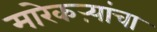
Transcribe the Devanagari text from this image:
मारेकऱ्यांचा